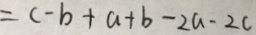
= c - b + a + b - 2 a - 2 c